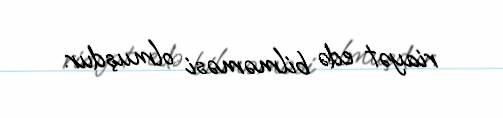
riayət edə bilməməsi olmuşdur.